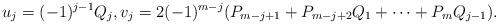
LaTeX: \begin{align*}u_j = (-1)^{j-1} Q_j, v_j = 2(-1)^{m-j} (P_{m-j+1} + P_{m-j+2}Q_1 + \cdots +P_mQ_{j-1}).\end{align*}